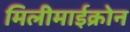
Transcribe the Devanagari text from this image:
मिलीमाईक्रोन